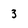
Character: 3